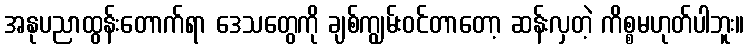
အနုပညာထွန်းတောက်ရာ ဒေသတွေကို ချစ်ကျွမ်းဝင်တာတော့ ဆန်းလှတဲ့ ကိစ္စမဟုတ်ပါဘူး။